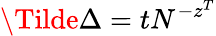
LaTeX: \Tilde{\Delta}=tN^{-z^{T}}